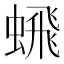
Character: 𬠞